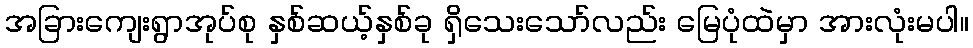
အခြားကျေးရွာအုပ်စု နှစ်ဆယ့်နှစ်ခု ရှိသေးသော်လည်း မြေပုံထဲမှာ အားလုံးမပါ။